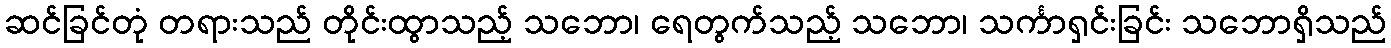
ဆင်ခြင်တုံ တရားသည် တိုင်းထွာသည့် သဘော၊ ရေတွက်သည့် သဘော၊ သင်္ကာရှင်းခြင်း သဘောရှိသည်